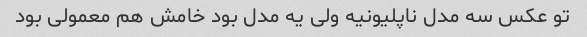
تو عکس سه مدل ناپلیونیه ولی یه مدل بود خامش هم معمولی بود